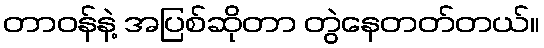
တာဝန်နဲ့ အပြစ်ဆိုတာ တွဲနေတတ်တယ်။